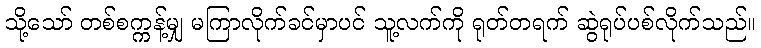
သို့သော် တစ်စက္ကန့်မျှ မကြာလိုက်ခင်မှာပင် သူ့လက်ကို ရုတ်တရက် ဆွဲရုပ်ပစ်လိုက်သည်။